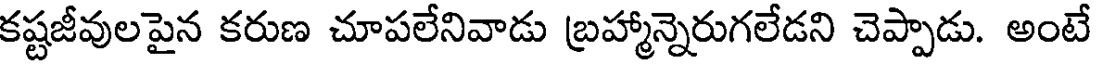
కష్టజీవులపైన కరుణ చూపలేనివాడు బ్రహ్మాన్నెరుగలేడని చెప్పాడు. అంటే